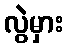
လွဲမှား